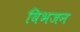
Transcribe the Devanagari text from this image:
विभजन